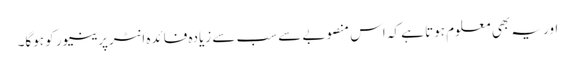
اور یہ بھی معلوم ہوتا ہے کہ اس منصوبے سے سب سے زیادہ فائدہ انٹرپرینیور کو ہوگا۔